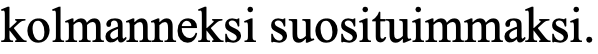
kolmanneksi suosituimmaksi.